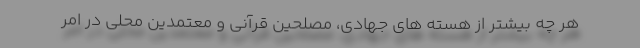
هر چه بیشتر از هسته های جهادی، مصلحین قرآنی و معتمدین محلی در امر